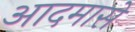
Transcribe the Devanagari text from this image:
आदमासे